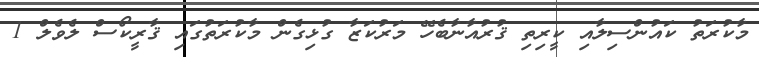
މާކުރަތު ކައުންސިލާއި ކީރިތި ޤުރުއާނާބެހޭ މަރުކަޒާ ގުޅިގެން މާކުރަތުގައި ޤާރީކޯސް ލެވެލް 1